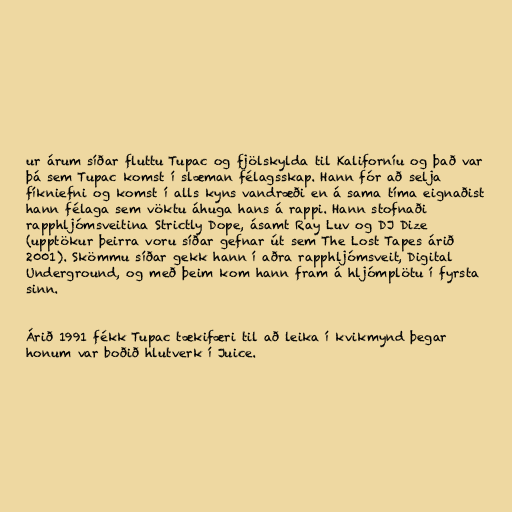
ur árum síðar fluttu Tupac og fjölskylda til Kaliforníu og það var
þá sem Tupac komst í slæman félagsskap. Hann fór að selja
fíkniefni og komst í alls kyns vandræði en á sama tíma eignaðist
hann félaga sem vöktu áhuga hans á rappi. Hann stofnaði
rapphljómsveitina Strictly Dope, ásamt Ray Luv og DJ Dize
(upptökur þeirra voru síðar gefnar út sem The Lost Tapes árið
2001). Skömmu síðar gekk hann í aðra rapphljómsveit, Digital
Underground, og með þeim kom hann fram á hljómplötu í fyrsta
sinn.

Árið 1991 fékk Tupac tækifæri til að leika í kvikmynd þegar
honum var boðið hlutverk í Juice.